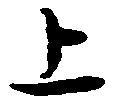
上